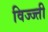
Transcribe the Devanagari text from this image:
विज्ज्ती